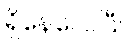
ရှိနေလေပြီ။